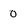
Character: 0